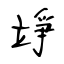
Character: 竫